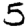
Digit: 5